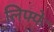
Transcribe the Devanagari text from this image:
लिफ्फे